Vaccination in Bombay 1889-1901 - 1889-1901
Year: 1889
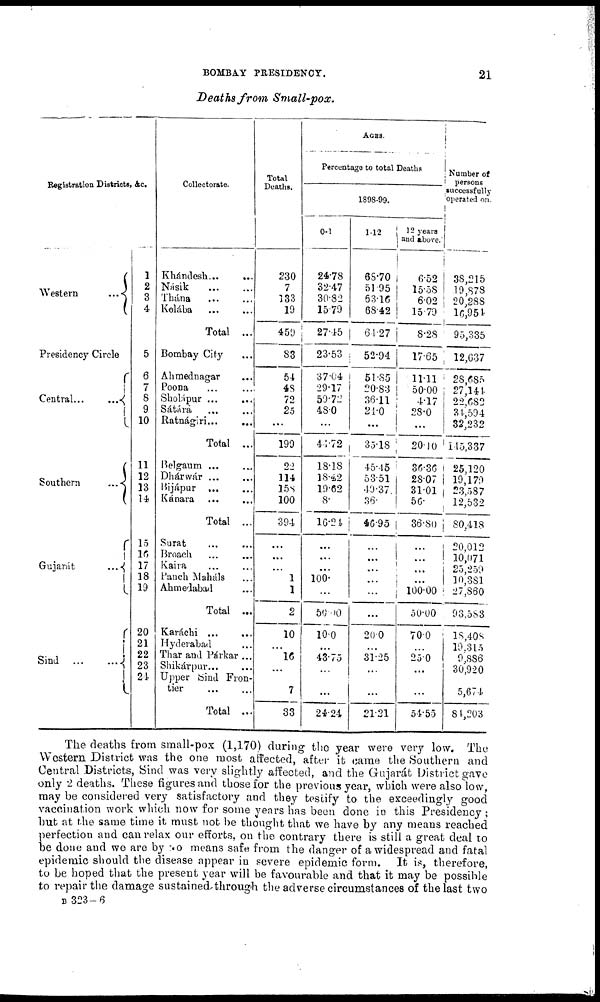
BOMBAY PRESIDENCY.
21
Deaths from
Small-pox.
Registration Districts, &c.
Western
...
Presidency Circle
Central...
...
Southern
...
Gujarát
...
Sind
...
...
1
2
3
4
5
6
7
8
9
10
11
12
13
14
15
16
17
18
19
20
21
22
23
21
Collectorate.
Khándesh...
...
Násik
...
...
Thána ... ...
Kolába ... ...
Total ...
Bombay City ...
Ahmednagar ...
Poona ... ...
Sholápur ... ...
Sátára ... ...
Ratnágiri... ...
Total ...
Belgaum ... ...
Dhárwár ... ...
Bijápur ... ...
Kánara ... ...
Total ...
Surat
...
...
Broach ... ...
Kaira ... ...
Panch Maháls ...
Ahmedabad ...
Total ...
Karáchi
...
...
Hyderabad ...
Thar and Párkar ...
Shikárpur... ...
Upper bind Fron-
tier ... ...
Total ...
Total
Deaths.
230
7
133
19
459
83
54
48
72
25
...
199
22
114
158
100
394
...
...
...
1
1
2
10
...
16
...
7
33
AGES.
Percentage to total Deaths
1898-99.
0-1
24.78
32.47
30.82
15.79
27.45
23.53
37.04
29.17
59.72
48.0
...
44.72
18.18
18.42
19.62
8.
16.24
...
...
...
100.
...
50.00
10.0
...
43.75
...
...
24.24
1-12
68.70
51.95
63.16
68.42
64.27
52.94
51.85
20.83
36.11
21.0
...
35.18
45.45
53.51
49.37
36.
46.95
...
...
...
...
...
...
20.0
...
31.25
...
...
21.21
12 years
and above.
6.52
15.58
6.02
15.79
8.28
17.65
11.11
50.00
4.17
28.0
...
20.10
36.36
28.07
31.01
56.
36.80
...
...
...
...
100.00
50.00
70.0
...
250
...
...
54.55
Number of
persons
successfully
operated on.
38,215
19,878
20,288
16,954
95,335
12,637
28,685
27,144
22,682
34,594
32,232
145,337
25,120
19,179
23,587
12,532
80,418
20,012
10,071
25,259
10, 381
27,860
93,583
18,408
19,315
9,886
30,920
5,674
84,203
The deaths from small-pox (1,170) during the year were very low. The
Western District was the one most affected, after it came the Southern and
Central Districts, Sind was very slightly affected, and the Gujarát District gave
only 2 deaths. These figures and those for the previous year, which were also low,
may be considered very satisfactory and they testify to the exceedingly good
vaccination work which now for some years has been done in this Presidency ;
but at the same time it must not be thought that we have by any means reached
perfection and can relax our efforts, on the contrary there is still a great deal to
be done and we are by no means safe from the danger of a widespread and fatal
epidemic should the disease appear in severe epidemic form. It is, therefore,
to be hoped that the present year will be favourable and that it may be possible
to repair the damage sustained through the adverse circumstances of the last two
B 323—6